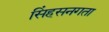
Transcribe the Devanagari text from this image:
सिंहसनगता